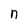
Character: n